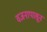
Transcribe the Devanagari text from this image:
वजनापासून